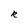
Character: R